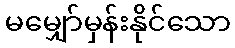
မမျှော်မှန်းနိုင်သော